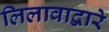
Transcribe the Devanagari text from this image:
लिलावाद्वारे